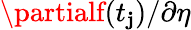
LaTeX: \partialf(t_{\mathbf{j}})/\partial\eta